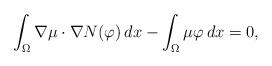
LaTeX: \begin{align*}\int_{\Omega} \nabla \mu \cdot \nabla N(\varphi) \,dx - \int_{\Omega} \mu \varphi \, dx = 0,\end{align*}